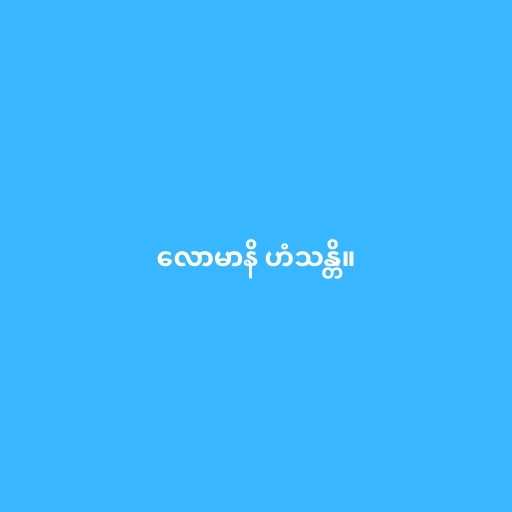
လောမာနိ ဟံသန္တိ။